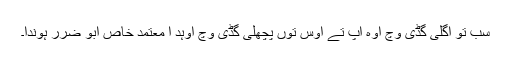
سب تو اگلی گڈی وچ اوہ آپ تے اوس توں پچھلی گڈی وچ اوہد ا معتمد خاص ابو ضرر ہوندا۔